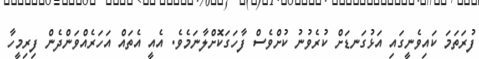
ފުރަތަމަ ކައިވެނީގައި އަޅުގަނޑަށް ކުރެވުނު ކުށްވެސް ފާހަގަކޮށްލާނަމެވެ. އެއީ އެތައް އަހަރެއްވަންދެން ފިރިމީހާ